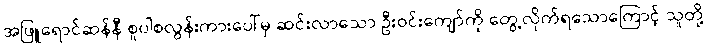
အဖြူရောင်ဆန်နီ စူပါစလွန်းကားပေါ်မှ ဆင်းလာသော ဦးဝင်းကျော်ကို တွေ့လိုက်ရသောကြောင့် သူတို့